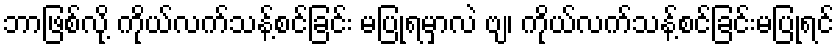
ဘာဖြစ်လို့ ကိုယ်လက်သန့်စင်ခြင်း မပြုရမှာလဲ ဗျ၊ ကိုယ်လက်သန့်စင်ခြင်းမပြုရင်